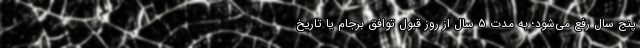
پنج سال رفع می‌شود؛ به مدت ۵ سال از روز قبول توافق برجام یا تاریخ